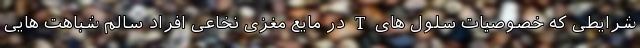
شرایطی که خصوصیات سلول های T در مایع مغزی نخاعی افراد سالم شباهت هایی